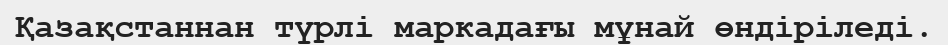
Қазақстаннан түрлі маркадағы мұнай өндіріледі.